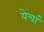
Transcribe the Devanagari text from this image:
येचां